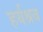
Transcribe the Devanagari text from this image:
हर्यश्रव